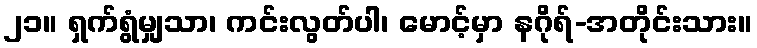
၂၁။ ရှက်ရွံမျှသာ၊ ကင်းလွတ်ပါ၊ မောင့်မှာ နဂိုရ်-အတိုင်းသား။